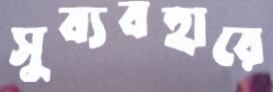
সুব্যবহারে